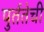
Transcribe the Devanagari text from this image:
पुर्ततेची